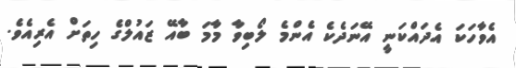
އެވާހަކަ އެދައްކަނީ އޭނަދެކެ އެންމެ ލޯބިވާ މާމަ ބާއޭ ޒައުލްގެ ހިތަށް އެރިއެވެ.